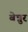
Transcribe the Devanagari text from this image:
बेन्नुर